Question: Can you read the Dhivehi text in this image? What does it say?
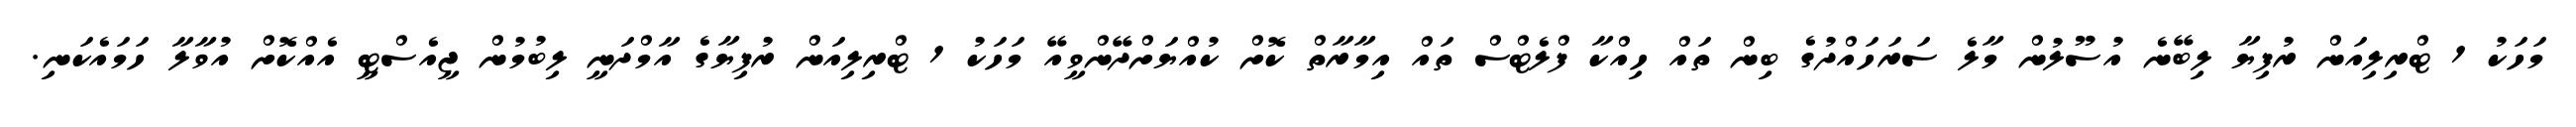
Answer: މަހަކު 1 ޓްރިލިއަން ރުފިޔާ ލިބޭނެ އުސޫލުން މާލެ ސަރަހައްދުގެ ބިން ތައް ހިއްކާ ފްލެޓްސް ތައް އިމާރާތް ކޮށް ކުއްޔަށްދޭންވީއޭ މަހަކު 1 ޓްރިލިއަން ރުފިޔާގެ އާމްދަނީ ލިބުމުން ޖީއެސްޓީ އެއްކޮށް އުވާލާ ހަމައެކަނި.